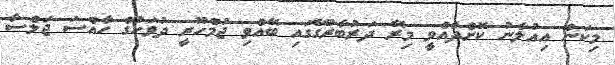
މިކަން އިއުލާނު ކޮށްދެއްވީ މިރޭ ދަރުބާރުގޭގައި ބޭއްވި ޖުމްހޫރީ ދުވަހުގެ ހާއްސަ ޖަލްސާ